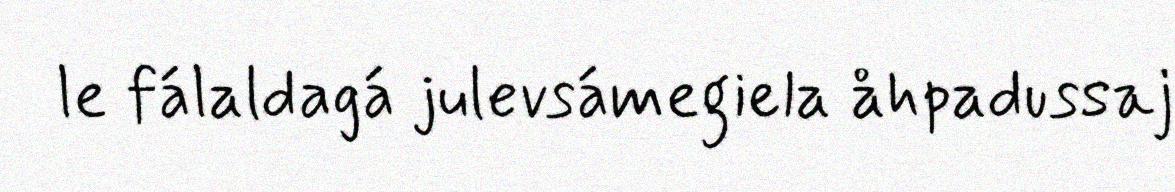
le fálaldagá julevsámegiela åhpadussaj